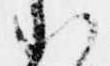
い